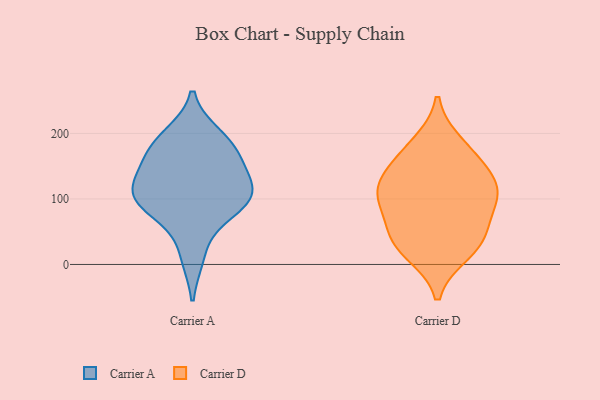
{"axis": {"x": "Shipments", "y": "Value"}, "legend": ["Carrier A", "Carrier D"], "data": [{"x": "", "y": 123, "type": "Carrier A"}, {"x": "", "y": 91, "type": "Carrier A"}, {"x": "", "y": 109, "type": "Carrier A"}, {"x": "", "y": 121, "type": "Carrier A"}, {"x": "", "y": 14, "type": "Carrier A"}, {"x": "", "y": 154, "type": "Carrier A"}, {"x": "", "y": 195, "type": "Carrier A"}, {"x": "", "y": 178, "type": "Carrier A"}, {"x": "", "y": 94, "type": "Carrier A"}, {"x": "", "y": 178, "type": "Carrier A"}, {"x": "", "y": 85, "type": "Carrier A"}, {"x": "", "y": 58, "type": "Carrier D"}, {"x": "", "y": 103, "type": "Carrier D"}, {"x": "", "y": 111, "type": "Carrier D"}, {"x": "", "y": 162, "type": "Carrier D"}, {"x": "", "y": 32, "type": "Carrier D"}, {"x": "", "y": 40, "type": "Carrier D"}, {"x": "", "y": 18, "type": "Carrier D"}, {"x": "", "y": 184, "type": "Carrier D"}, {"x": "", "y": 101, "type": "Carrier D"}, {"x": "", "y": 144, "type": "Carrier D"}, {"x": "", "y": 114, "type": "Carrier D"}]}